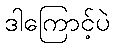
ဒါကြောင့်ပဲ